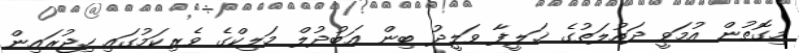
މިގޮތުން އުމަވީ ދައުލަތުގެ ޚަލީފާ ވަލީދު ބިން ޢަބުދުލް މަލިކްގެ ވެރިކަމުގައި ހިޖުރައިން